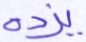
يزده